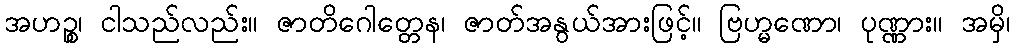
အဟဉ္စ၊ ငါသည်လည်း။ ဇာတိဂေါတ္တေန၊ ဇာတ်အနွယ်အားဖြင့်။ ဗြဟ္မဏော၊ ပုဏ္ဏား။ အမှိ၊